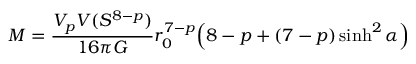
M = \frac { V _ { p } V ( S ^ { 8 - p } ) } { 1 6 \pi G } r _ { 0 } ^ { 7 - p } \Big ( 8 - p + ( 7 - p ) \sinh ^ { 2 } \alpha \Big )